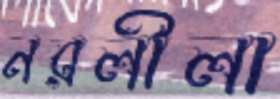
নরলীলা